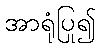
အာရုံပြု၍